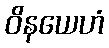
ဝိနယေဟံ